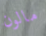
مالون